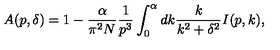
A ( p , \delta ) = 1 - \frac { \alpha } { \pi ^ { 2 } N } \frac { 1 } { p ^ { 3 } } \int _ { 0 } ^ { \alpha } d k \frac { k } { k ^ { 2 } + \delta ^ { 2 } } I ( p , k ) ,